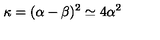
\kappa = ( \alpha - \beta ) ^ { 2 } \simeq 4 \alpha ^ { 2 }